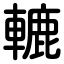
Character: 轆